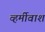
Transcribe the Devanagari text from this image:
व्हर्मीवाश